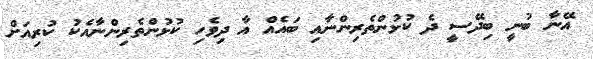
އޭނާ ބުނީ ބިދޭސީ ދެ ކުޅުންތެރިންނާއި ބައެއް އާ ދިވެހި ކުޅުންތެރިންނާއެކު ކުރިއަށް